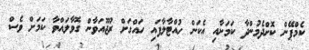
ކެމްޕޭން ކޮށްދެމުންދާ ކަމަށާއި އެކަން ހުއްޓާލާފައި ހައްގަށް ރުޖޫއަވާން ގޮވާލައްވާ ކަމަށް ވެސް